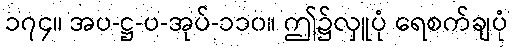
၁၇၄။ အပ-ဋ္ဌ-ပ-အုပ်-၁၁၀။ ဤ၌လှူပုံ ရေစက်ချပုံ